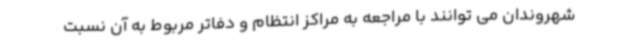
شهروندان می توانند با مراجعه به مراکز انتظام و دفاتر مربوط به آن نسبت